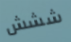
ششش